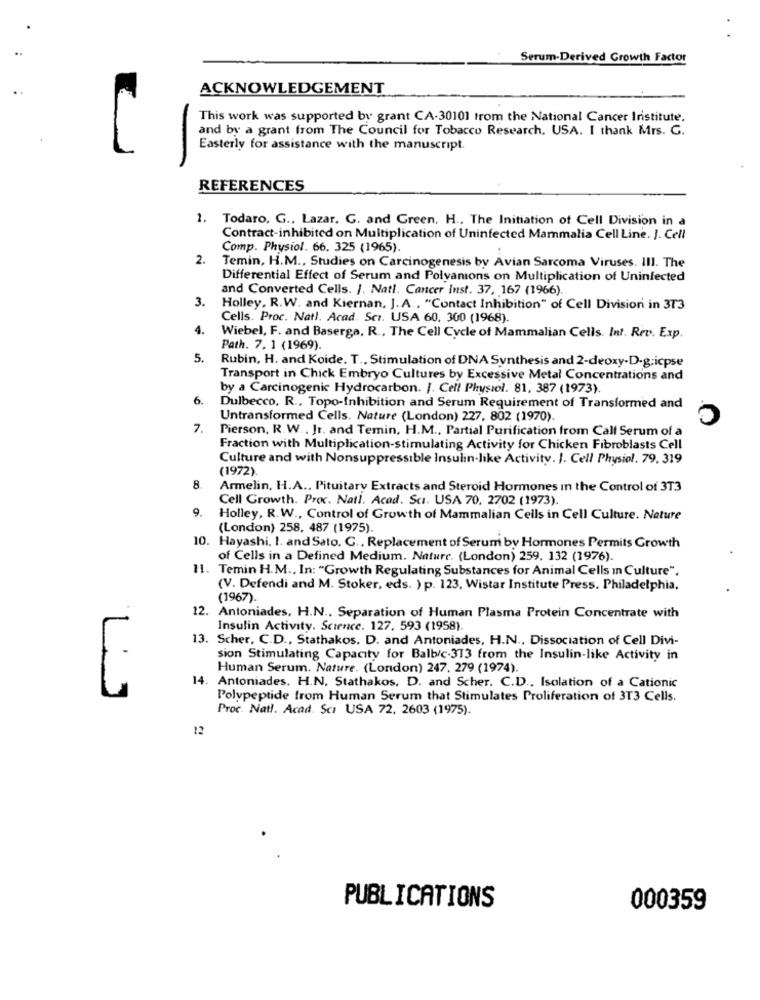
Serum-Derived Growth Factor
ACKNOWLEDGEMENT
This work was supported by grant CA-30101 from the National Cancer Institute.
and by a grant from The Council for Tobacco Research, USA. I thank Mrs. G.
Easterly for assistance with the manuscript.
-
REFERENCES
1. Todaro, G ., Lazar. G. and Green, H ., The Initiation of Cell Division in a
Contract-inhibited on Multiplication of Uninfected Mammalia Cell Line. J. Cell
Comp. Physiol. 66. 325 (1965).
2.
Temin, H.M ., Studies on Carcinogenesis by Avian Sarcoma Viruses. III. The
Differential Effect of Serum and Polyamions on Multiplication of Uninfected
and Converted Cells. J. Natl. Cancer Inst. 37, 167 (1966).
3.
Holley, R.W. and Kiernan, J. A ., "Contact Inhibition" of Cell Division in 3T3
Cells. Proc. Natl. Acad. Sci. USA 60, 300 (1968).
4.
Wiebel, F. and Baserga, R ., The Cell Cycle of Mammalian Cells. Int. Rev. Exp.
Path. 7. 1 (1969).
5.
Rubin, H. and Koide. T ., Stimulation of DNA Synthesis and 2-deoxy-D.g;icpse
Transport in Chick Embryo Cultures by Excessive Metal Concentrations and
by a Carcinogenic Hydrocarbon. J. Cell Physiol. 81, 387 (1973)
6.
Dulbecco, R ., Topo-Inhibition and Serum Requirement of Transformed and
Untransformed Cells. Nature (London) 227, 802 (1970)
7.
Pierson, R.W ., It. and Temin, H.M ., Partial Purification from Calf Serum of a
Fraction with Multiplication-stimulating Activity for Chicken Fibroblasts Cell
Culture and with Nonsuppressible Insulin-like Activity. J. Cell Physiol. 79, 319
(1972)
8.
Armelin, H.A ., Pituitary Extracts and Steroid Hormones In the Control of 3T3
Cell Growth. Proc. Natl. Acad. Sci. USA 70, 2702 (1973).
9.
Holley, R.W ., Control of Growth of Mammalian Cells in Cell Culture. Nature
(London) 258. 487 (1975).
10. Hayashi. I. and Sato. C ., Replacement of Serum by Hormones Permits Growth
of Cells in a Defined Medium. Nature. (London) 259, 132 (1976).
11. Temin H.M ., In: "Growth Regulating Substances for Animal Cells In Culture".
(V. Defendi and M. Stoker, eds. ) p. 123, Wistar Institute Press. Philadelphia,
(1967).
12. Antoniades, H.N ., Separation of Human Plasma Protein Concentrate with
Insulin Activity. Science. 127. 593 (1958).
13. Scher, C.D ., Stathakos. D. and Antoniades, H.N ., Dissociation of Cell Divi-
sion Stimulating Capacity for Balb/c-313 from the Insulin-like Activity in
Human Serum. Nature. (London) 247. 279 (1974).
14. Antoniades. H.N. Stathakos, D. and Scher. C.D ., Isolation of a Cationic
Polypeptide from Human Serum that Stimulates Proliferation of 3T3 Cells.
Proc. Natl. Acad. Scr USA 72, 2603 (1975).
12
PUBLICATIONS
000359